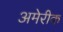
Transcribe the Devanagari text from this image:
अमेरीक